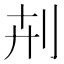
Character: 𠛟